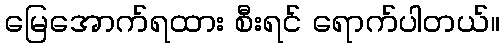
မြေအောက်ရထား စီးရင် ရောက်ပါတယ်။